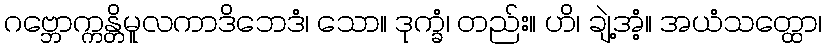
ဂဗ္ဘောက္ကန္တိမူလကာဒိဘေဒံ၊ သော။ ဒုက္ခံ၊ တည်း။ ဟိ၊ ချဲ့အံ့။ အယံသတ္ထော၊